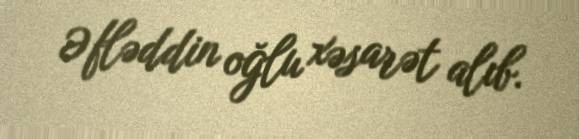
Əfləddin oğlu xəsarət alıb.